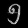
Digit: ၅